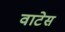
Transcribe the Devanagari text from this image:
वाटेस